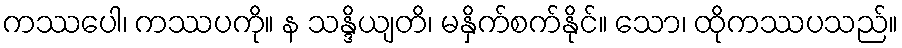
ကဿပေါ၊ ကဿပကို။ န သန္ဒိယျတိ၊ မနှိက်စက်နိုင်။ သော၊ ထိုကဿပသည်။